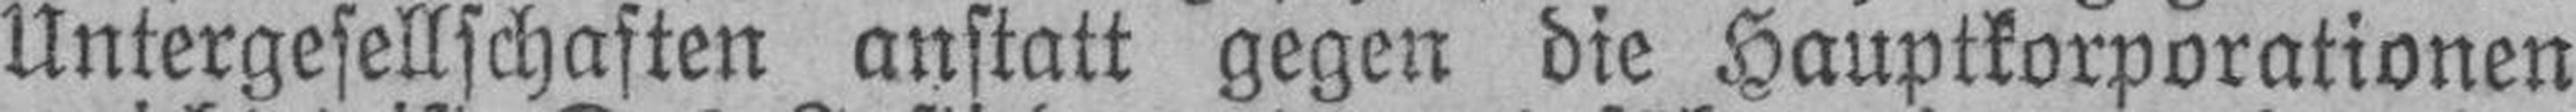
Untergesellschaften anstatt gegen die Hauptkorporationen